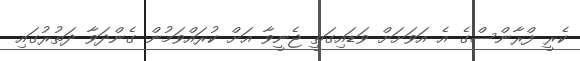
ކެރީ ފްރާންސްގެ އެ އަވަށަށް ވަޑައިގަތީ ޖެނީވާ އަށް ކުރައްވަމުން ގެންދަވާ ދަތުރުގައި